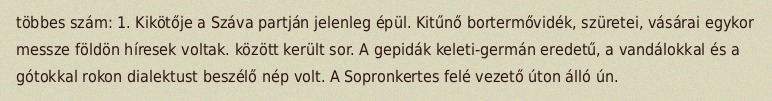
többes szám: 1. Kikötője a Száva partján jelenleg épül. Kitűnő bortermővidék, szüretei, vásárai egykor messze földön híresek voltak. között került sor. A gepidák keleti-germán eredetű, a vandálokkal és a gótokkal rokon dialektust beszélő nép volt. A Sopronkertes felé vezető úton álló ún.